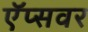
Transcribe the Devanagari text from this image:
ऍप्सवर